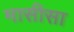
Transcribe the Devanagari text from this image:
मासीसा